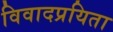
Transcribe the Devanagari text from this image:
विवादप्रयिता